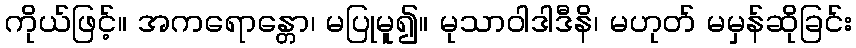
ကိုယ်ဖြင့်။ အကရောန္တော၊ မပြုမူ၍။ မုသာဝါဒါဒီနိ၊ မဟုတ် မမှန်ဆိုခြင်း